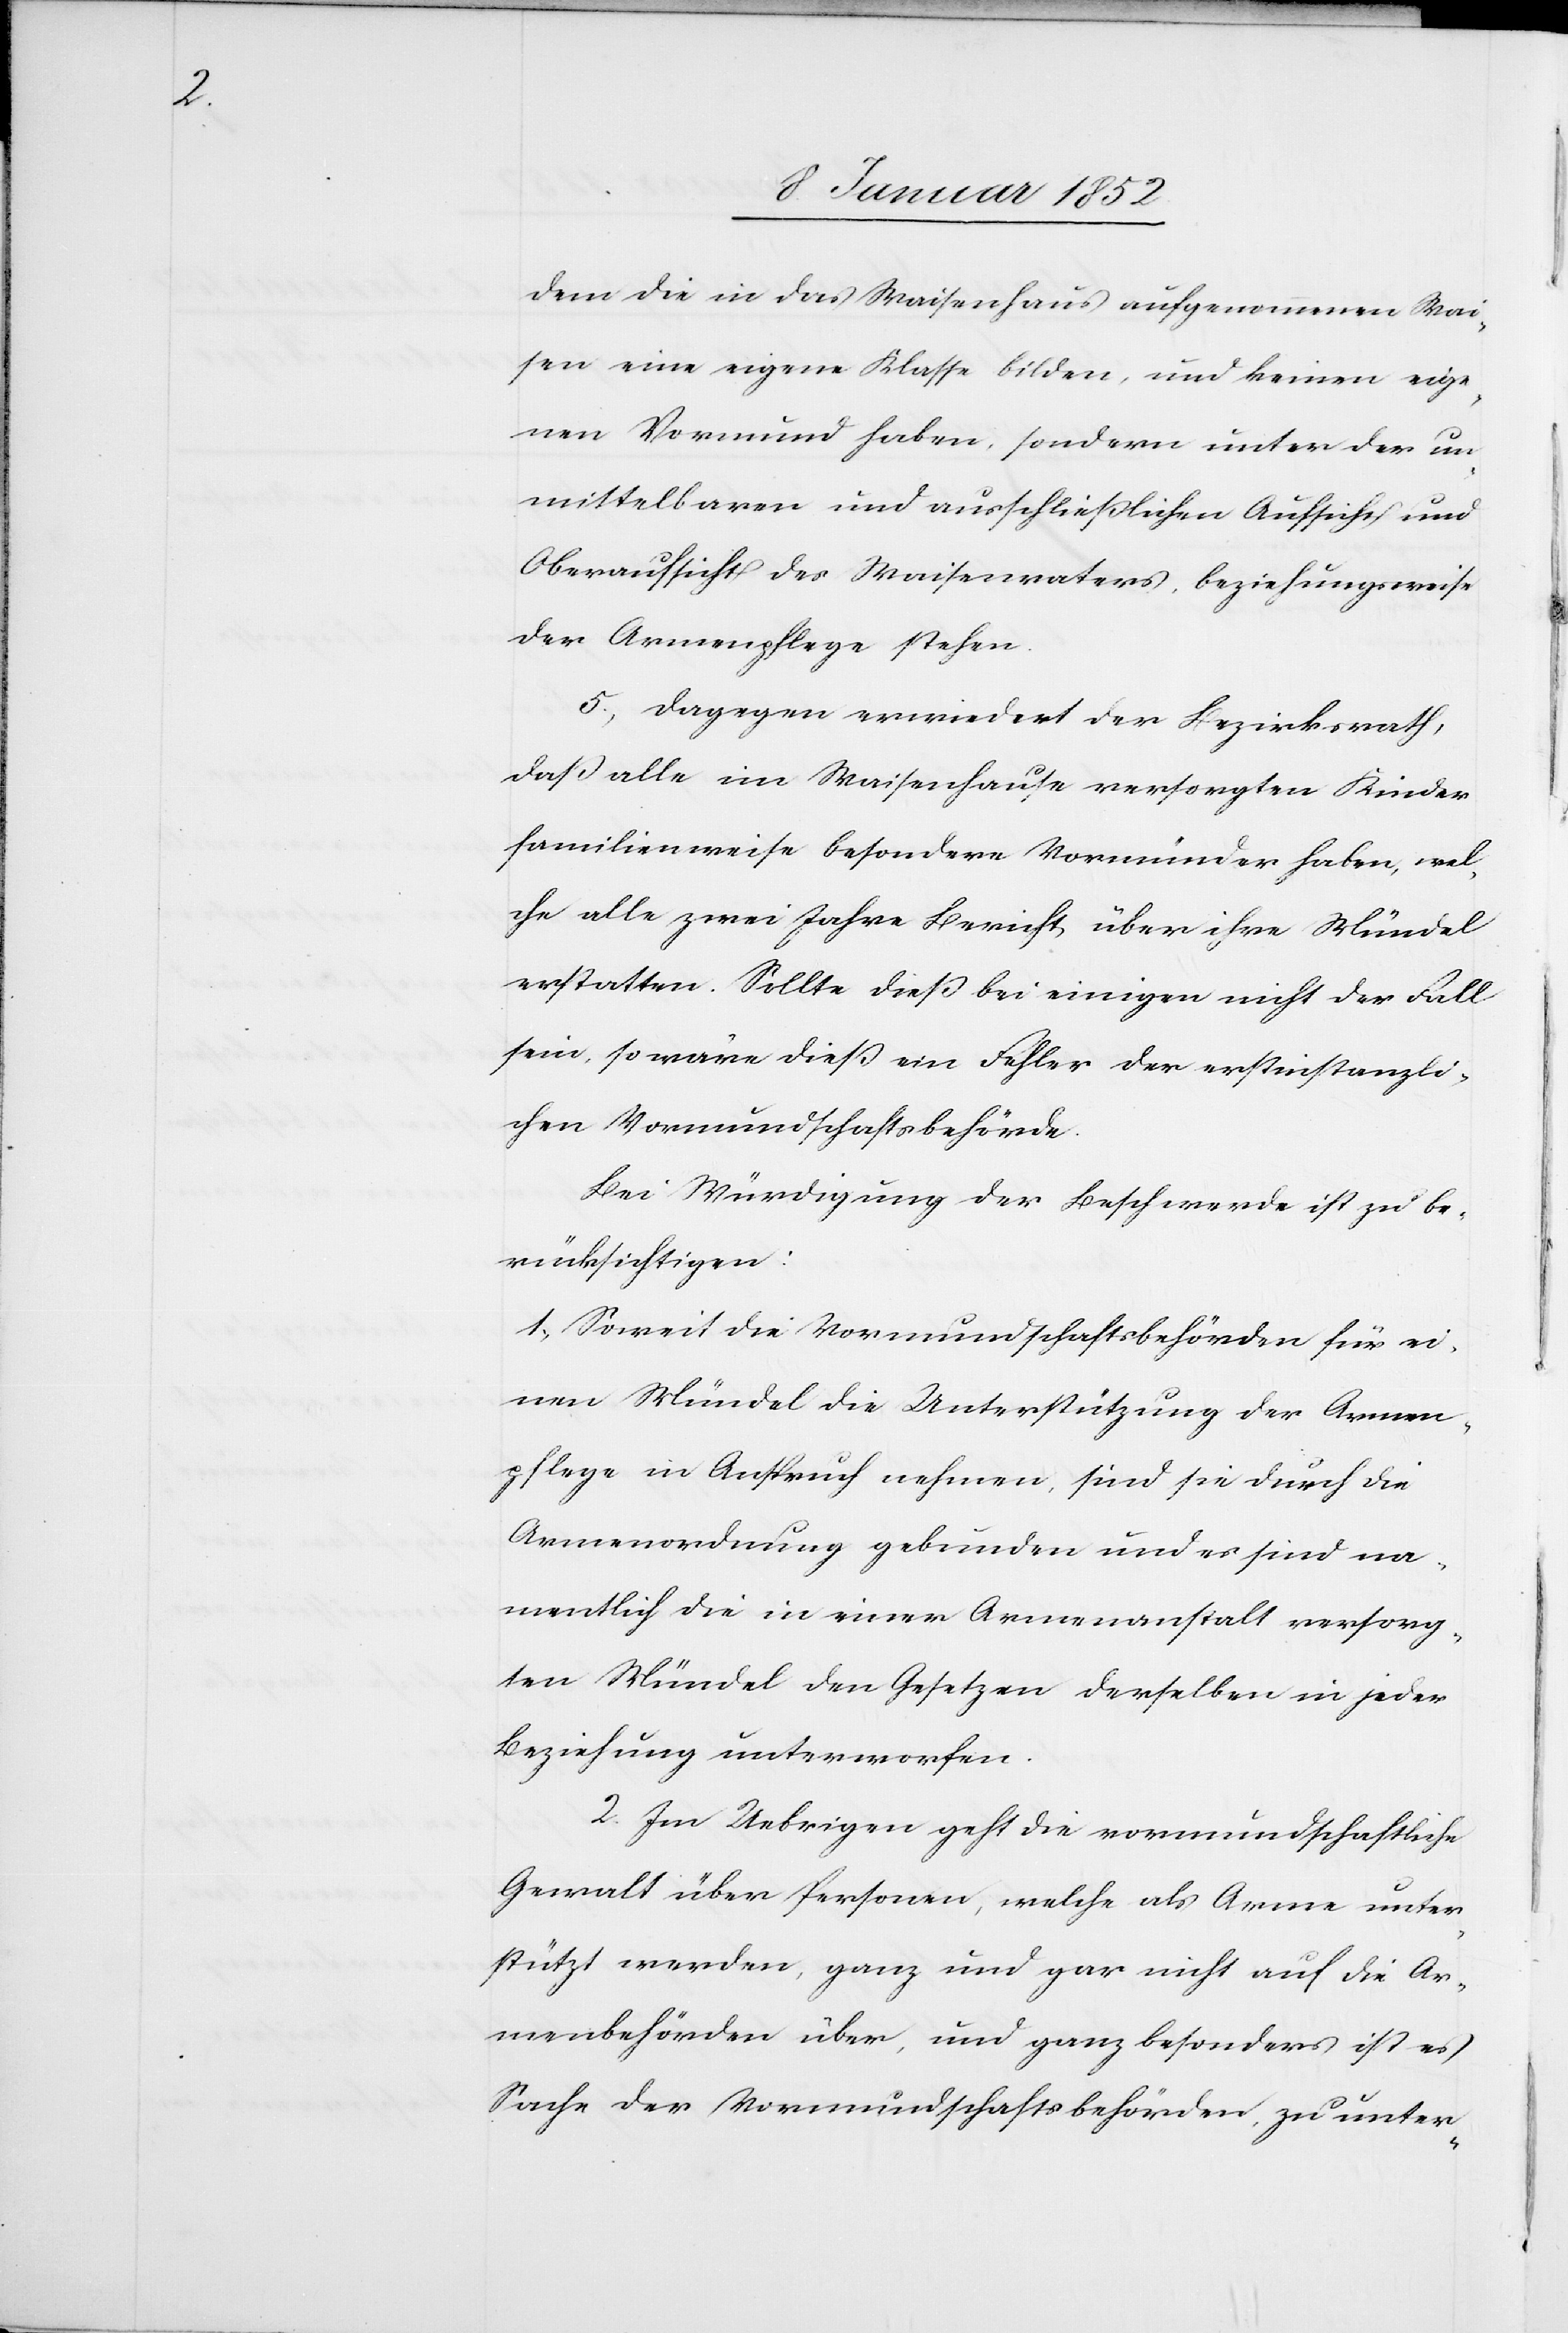
dem die in das Waisenhaus aufgenommenen Wai¬
sen eine eigene Klasse bilden, und keinen eige¬
nen Vormund haben, sondern unter der un¬
mittelbaren und ausschließlichen Aufsicht und
Oberaufsicht des Waisenrates, beziehungsweise
der Armenpflege stehen.
5., Dagegen erwiedert der Bezirksrath,
daß alle im Waisenhause versorgten Kinder
familienweise besondere Vormünder haben, wel¬
che alle zwei Jahre Bericht über ihre Mündel
erstatten. Sollte dieß bei einigen nicht der Fall
sein, so wäre dieß ein Fehler der erstinstanzli¬
chen Vormundschaftsbehörde.
Bey Würdigung der Beschwerde ist zu be¬
rücksichtigen:
1, Soweit drei Vormundschaftsbehörden für ei¬
nen Mündel die Unterstützung der Armen¬
pflege in Anspruch nehmen, sind sie durch die
Armenordnung gebunden und es sind na¬
mentlich die in einer Armenanstalt versorg¬
ten Mündel dem Gesetze derselben in jeder
Beziehung unterworfen.
2. Im Uebrigen geht die vormundschaftliche
Gewalt über Personen, welche als Arme unter¬
stützt werden, ganz und gar nicht auf die Ar¬
menbehörde über, und ganz besonders ist es
Sache der Vormundschaftsbehörden zu unter-